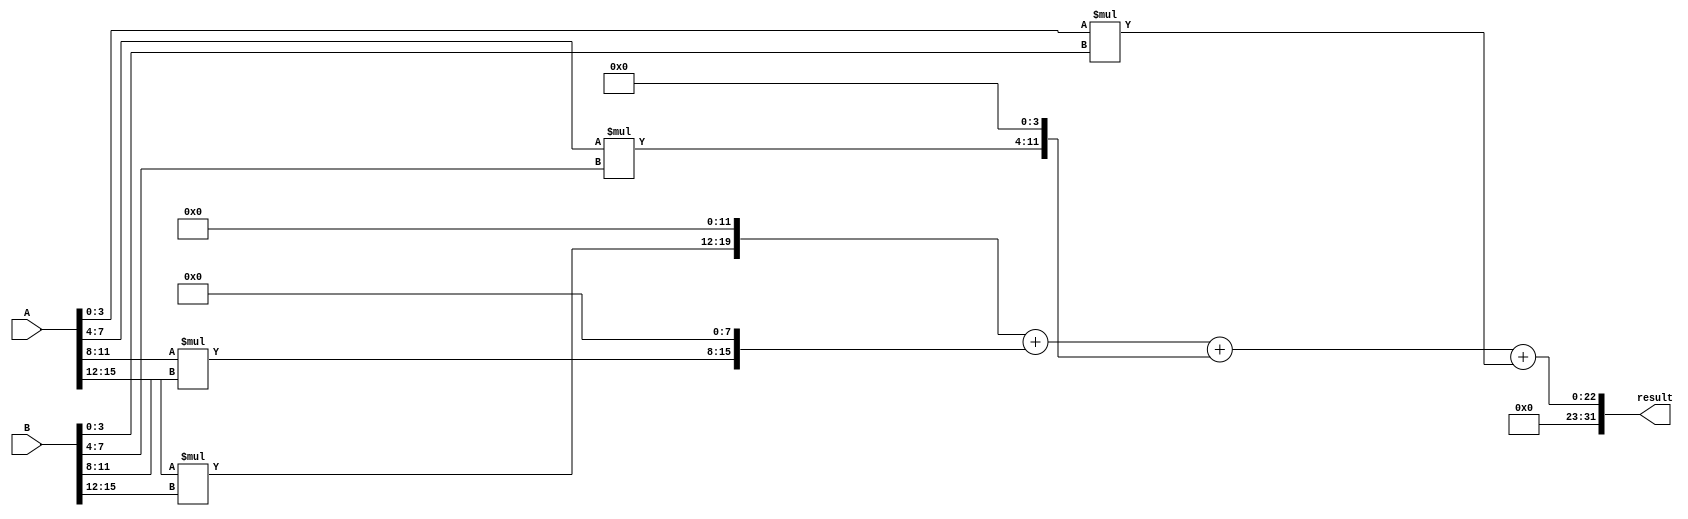
module Radix4Multiplier(
    input [15:0] A,
    input [15:0] B,
    output reg [31:0] result
);

reg [7:0] partial_products [3:0];
reg [31:0] final_result;

always @(*) begin
    partial_products[0] = A[3:0] * B[3:0];
    partial_products[1] = A[7:4] * B[7:4];
    partial_products[2] = A[11:8] * B[11:8];
    partial_products[3] = A[15:12] * B[15:12];
    final_result = (partial_products[3] << 12) + (partial_products[2] << 8) + (partial_products[1] << 4) + partial_products[0];
end

assign result = final_result;

endmodule